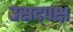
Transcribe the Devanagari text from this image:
उसद्पक्ष